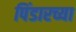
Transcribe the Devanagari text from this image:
पिंडारच्या